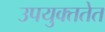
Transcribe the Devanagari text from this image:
उपयुक्ततेत